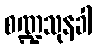
စဏ္ဍသုနခါ